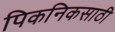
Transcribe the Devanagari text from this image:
पिकनिकसाठी